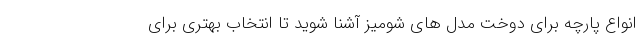
انواع پارچه برای دوخت مدل های شومیز آشنا شوید تا انتخاب بهتری برای